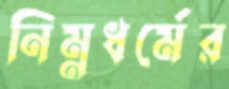
নিম্নধর্মের